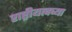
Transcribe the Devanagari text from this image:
राष्ट्रीयत्वच्या